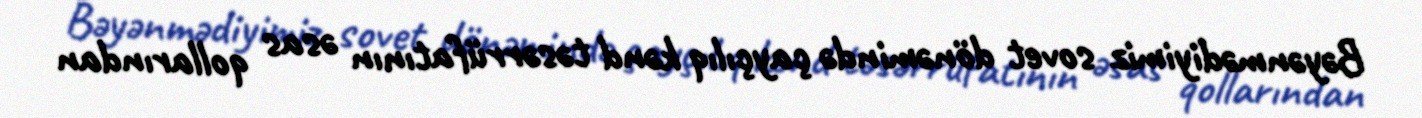
Bəyənmədiyimiz sovet dönəmində çayçılıq kənd təsərrüfatının əsas qollarından